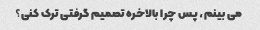
می بینم، پس چرا بالاخره تصمیم گرفتی ترک کنی؟